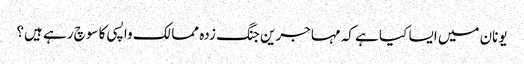
یونان میں ایسا کیا ہے کہ مہاجرین جنگ زدہ ممالک واپسی کا سوچ رہے ہیں؟